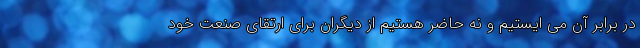
در برابر آن می ایستیم و نه حاضر هستیم از دیگران برای ارتقای صنعت خود